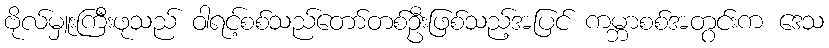
ဗိုလ်မှူးကြီးဖုသည် ဝါရင့်စစ်သည်တော်တစ်ဦးဖြစ်သည့်အပြင် ကမ္ဘာစစ်အတွင်းက ဒေသ